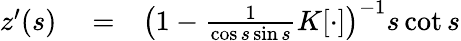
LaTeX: \begin{array}{rlr}{z^{\prime}(s)}&{{}=}&{\left(1-\frac{1}{\cos s\sin s}K[\cdot]\right)^{-1}s\cot s}\end{array}